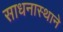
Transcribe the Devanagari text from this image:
साधनास्थाने